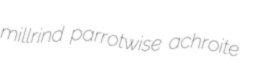
millrind parrotwise achroite